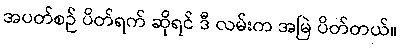
အပတ်စဉ် ပိတ်ရက် ဆိုရင် ဒီ လမ်းက အမြဲ ပိတ်တယ်။